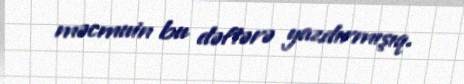
məcmuin bu dəftərə yazdırmışıq.